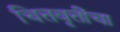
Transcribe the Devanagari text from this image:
चित्तवृत्तींचा